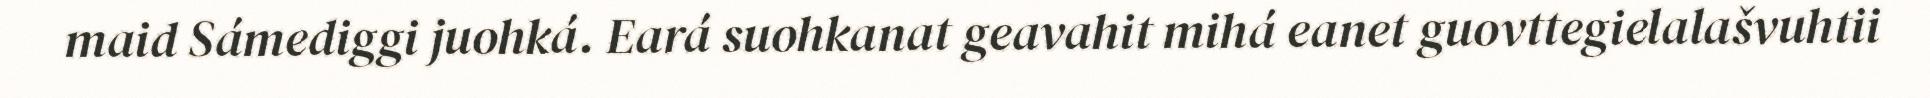
maid Sámediggi juohká. Eará suohkanat geavahit mihá eanet guovttegielalašvuhtii